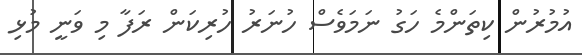
އުމުރުން ކިތަންމެ ހަގު ނަމަވެސް ހުނަރު ހުރިކަން ރަފާ މި ވަނީ މުޅި